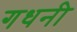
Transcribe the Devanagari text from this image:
गधनी